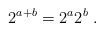
LaTeX: \begin{align*}2^{a+b}=2^a2^b\;.\end{align*}